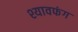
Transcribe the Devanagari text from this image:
श्यावफंग